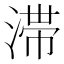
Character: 滞